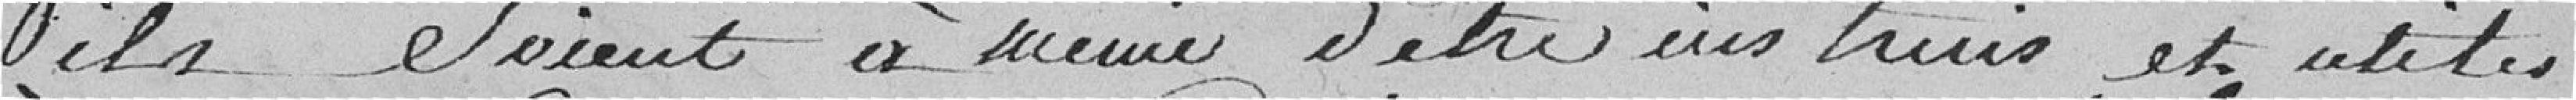
ils soient à même d'être instruits et utiles